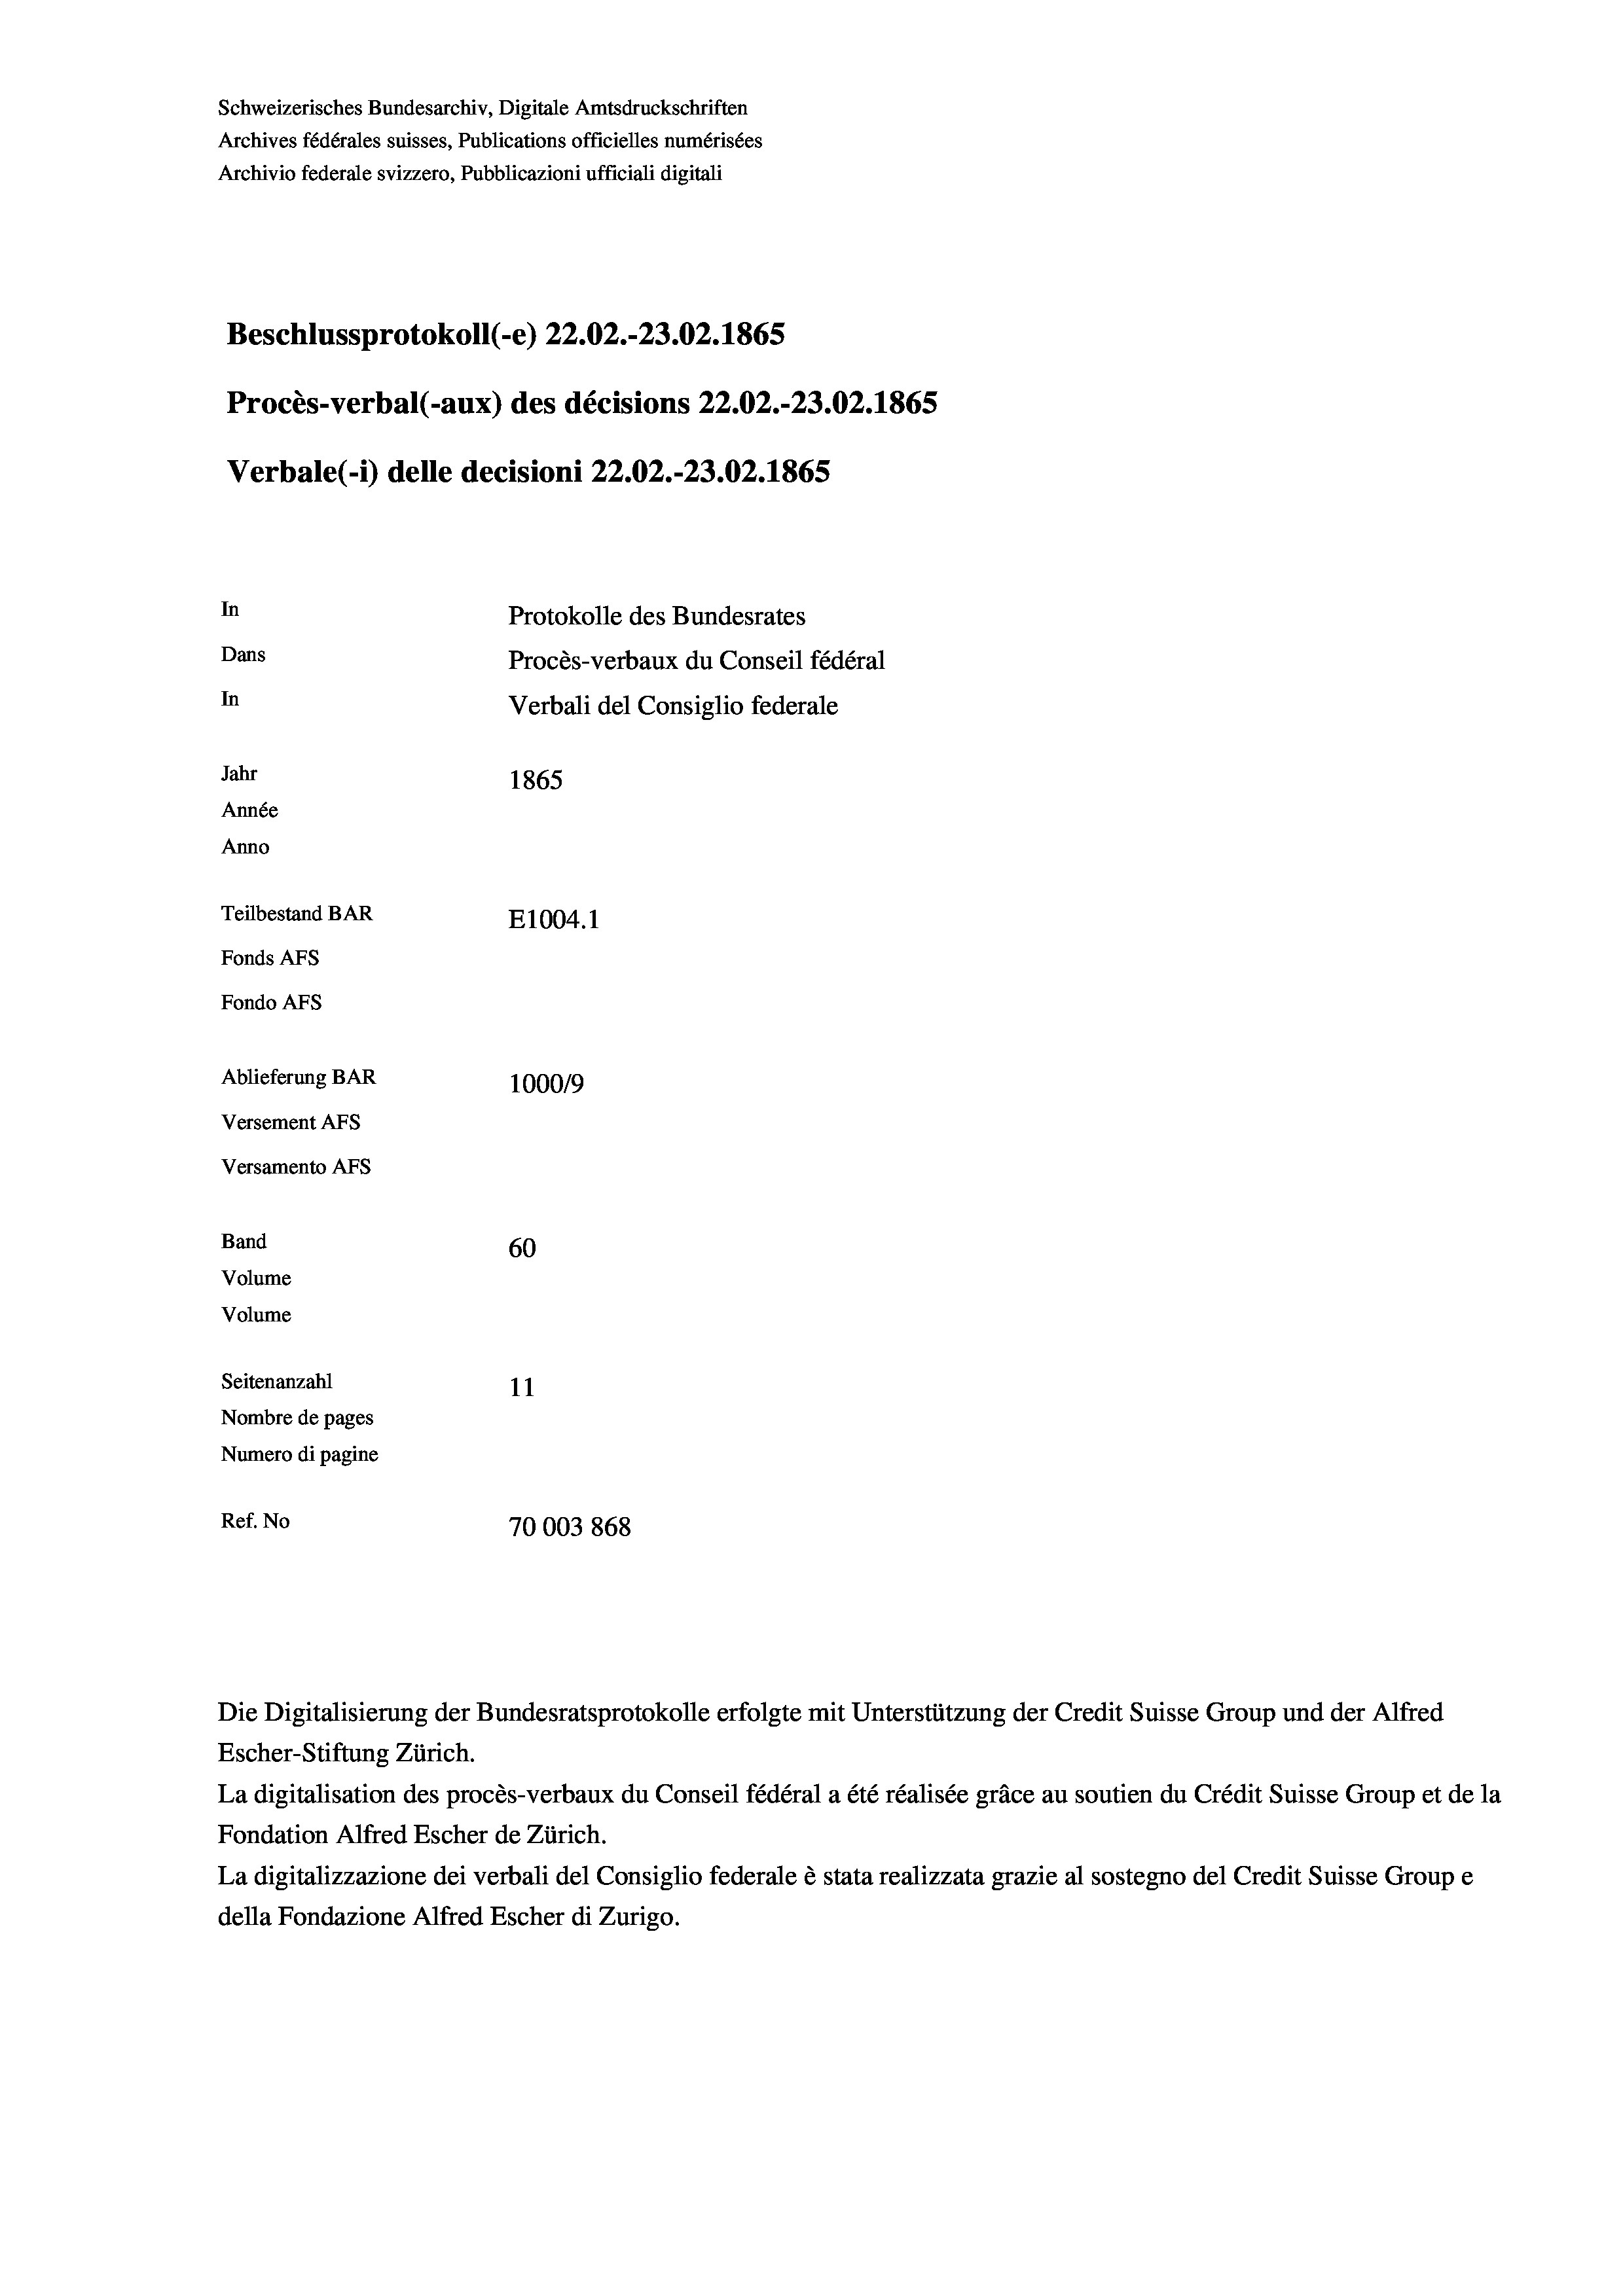
Schweizerisches Bundesarchiv, Digitale Amtsdruckschriften
Archives fédérales suisses, Publications officielles numérisées
Archivio federale svizzero, Pubblicazioni ufficiali digitali
.
Beschlussprotokoll (-e) 22.02.-23.02. 1865
Procès-verbal (-aux) des décisions 22.02.-23.02. 1865
Verbale(*) delle decisioni 22.02.-23.02. 1865
In
Protokolle des Bundesrates
Dans
Procès-verbaux du Conseil fédéral
In
Verbali del Consiglio federale
Jahr
1865
Année
Anno
Teilbestand BAR
E1004. 1
Fonds AFs
Fondo AFS
Ablieferung BAR
100019
Versement AFs
Versamento Afs

60
Seitenanzahl
11
Nombre de pages
Numero di pagine
Ref. No
70003868

Band
Volume
Volume

Escher-Stiftung Zürich.
La digitalisation des procès-verbaux du Conseil fédéral a été réalisée gräce au soutien du Crédit Suisse Group et de la
Fondation Alfred Escher de Zürich.
La digitalizzazione dei verbali del Consiglio federale è stata realizzata grazie al sostegno del Credit Suis
della Fondazione Alfred Escher di Zurigo.

Die Digitalisierung der Bundesratsprotokolle erfolgte mit Unterstützung der Credit Suisse Group und der Alfred

se Groupe